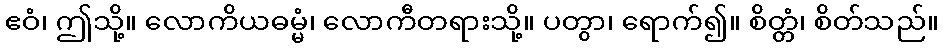
ဧဝံ၊ ဤသို့။ လောကိယဓမ္မံ၊ လောကီတရားသို့။ ပတွာ၊ ရောက်၍။ စိတ္တံ၊ စိတ်သည်။